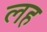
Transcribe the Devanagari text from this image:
लह